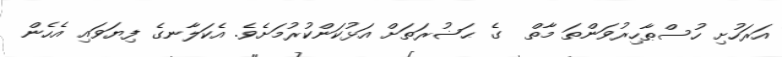
އަރަހުށި ހުސްޠާހިރުވަންތަ މާތް  ގެ ޙަޟުރަތަށް އަޅުކަންކުރުމަށެވެ. އެކަލާނގެ ފިޔަވައި އެހެން